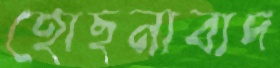
হোছনাবাদ